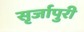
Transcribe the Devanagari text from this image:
सृर्जापुरी